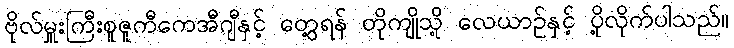
ဗိုလ်မှူးကြီးစူဇူကီကေအီဂျီနှင့် တွေ့ရန် တိုကျိုသို့ လေယာဉ်နှင့် ပို့လိုက်ပါသည်။